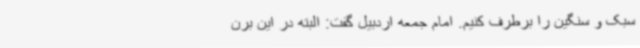
سبک و سنگین را برطرف کنیم. امام جمعه اردبیل گفت: البته در این برن